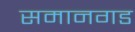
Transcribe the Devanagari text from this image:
समानगड